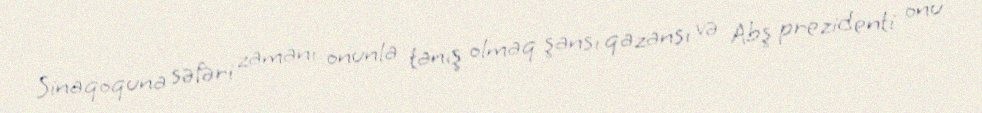
Sinaqoquna səfəri zamanı onunla tanış olmaq şansı qazansı və Abş prezidenti onu